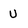
Character: u